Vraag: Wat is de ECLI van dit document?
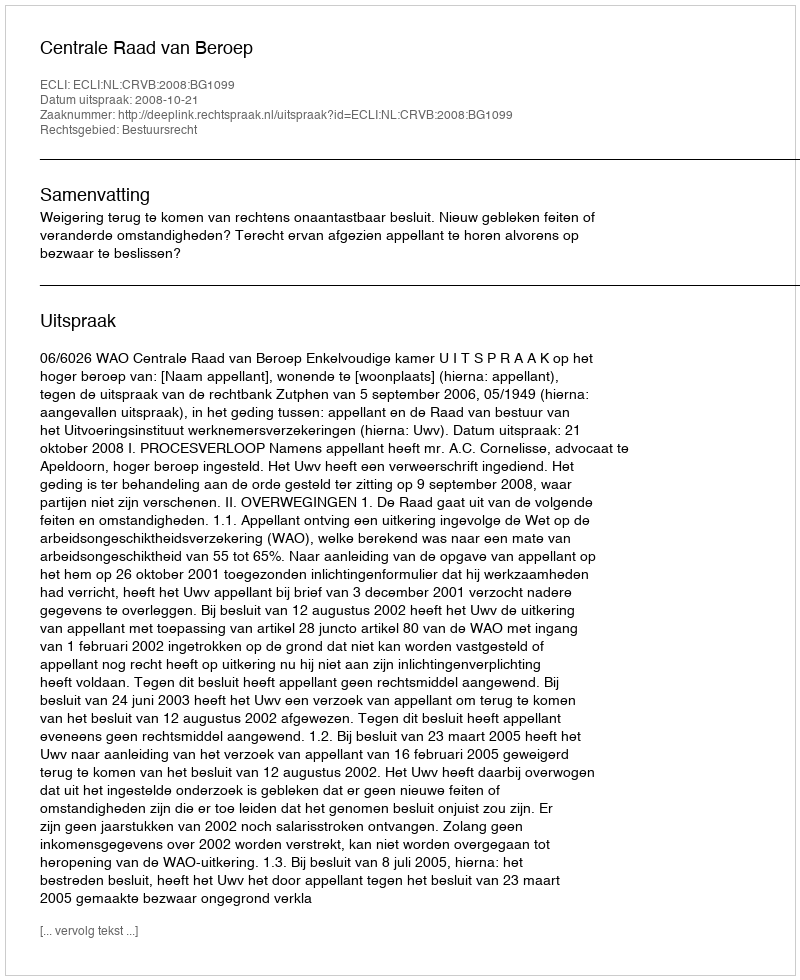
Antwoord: ECLI:NL:CRVB:2008:BG1099